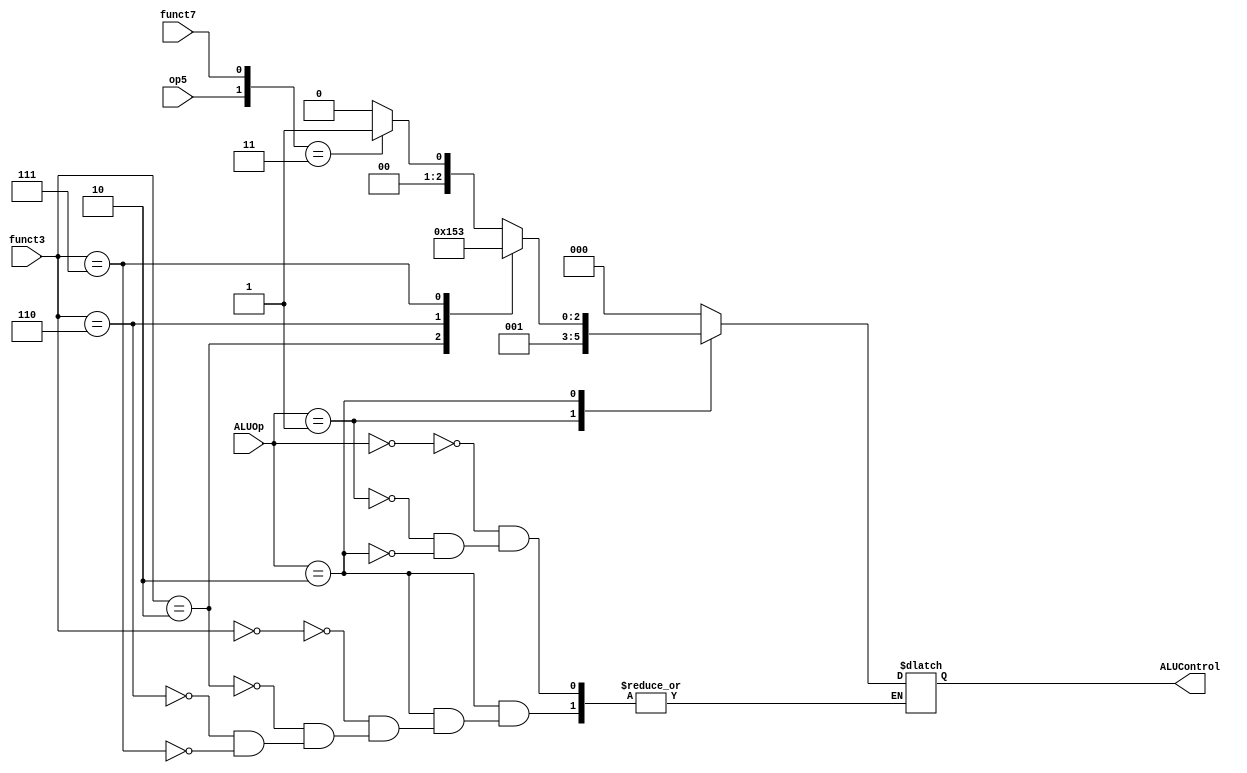
module ALUDecoder(
    input [1:0] ALUOp,
    input [2:0] funct3,
    input op5, funct7,
    output reg [2:0] ALUControl
);

always@*
    case(ALUOp)
        2'b00: ALUControl = 3'b000; //lw, sw requires 000 ADD for Addresses out of Reg File
        2'b01: ALUControl = 3'b001; //beq utilizes 001 SUB to set zero flag
        2'b10: //R-type check funct3, 5th bit of op and funct7 field
        begin
            case(funct3)
                3'b000: ALUControl = {op5, funct7} == 2'b11 ? 3'b001: 3'b000; //SUB else ADD
                3'b010: ALUControl = 3'b101; //SLT
                3'b110: ALUControl = 3'b010; //OR
                3'b111: ALUControl = 3'b011;  //AND
            endcase
        end
    endcase

endmodule